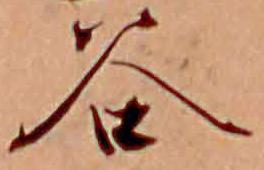
谷